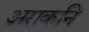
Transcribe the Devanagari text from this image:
अराकनि